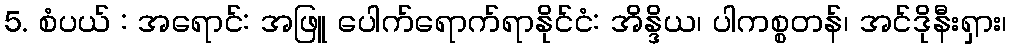
5. စံပယ် : အရောင်: အဖြူ ပေါက်ရောက်ရာနိုင်ငံ: အိန္ဒိယ၊ ပါကစ္စတန်၊ အင်ဒိုနီးရှား၊